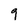
Character: q